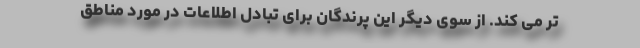
تر می کند. از سوی دیگر این پرندگان برای تبادل اطلاعات در مورد مناطق